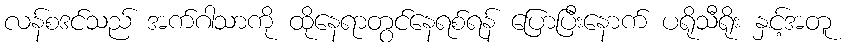
လန်စဒင်သည် အက်ဂါသာကို ထိုနေရာတွင်နေရစ်ရန် ပြောပြီးနောက် ပရိုသီရိုး နှင့်အတူ